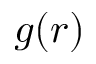
g ( r )